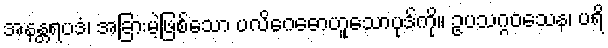
အနန္တရပဒံ၊ အခြားမဲ့ဖြစ်သော ပလိဂေဓောဟူသောပုဒ်ကို။ ဥပသဂ္ဂဝသေန၊ ပရိ